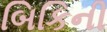
બિકિની